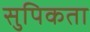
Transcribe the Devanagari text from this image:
सुपिकता